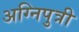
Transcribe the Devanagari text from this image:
अग्निपुत्री